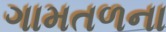
ગામતળના